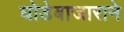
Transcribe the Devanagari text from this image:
घोडेबाजाराने